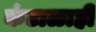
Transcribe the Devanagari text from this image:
कंटाळाही